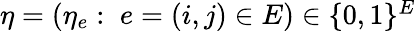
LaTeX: \begin{array}{r}{\mathbf{\eta}=\left(\eta_{e}:\; e=\left(i,j\right)\in E\right)\in\{ 0,1\} ^{E}}\end{array}